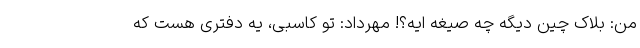
من: بلاک چین دیگه چه صیغه ایه؟! مهرداد: تو کاسبی، یه دفتری هست که